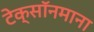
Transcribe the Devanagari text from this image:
टेक्सॉनमाना